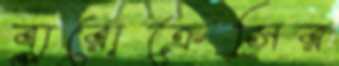
ব্যুরোক্রেসির